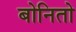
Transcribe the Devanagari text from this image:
बोनितो